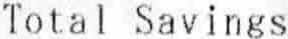
TOTAL SAVINGS